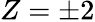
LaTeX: Z=\pm 2